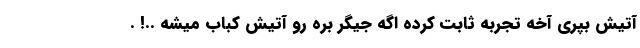
آتیش بپری آخه تجربه ثابت کرده اگه جیگر بره رو آتیش کباب میشه ..! .